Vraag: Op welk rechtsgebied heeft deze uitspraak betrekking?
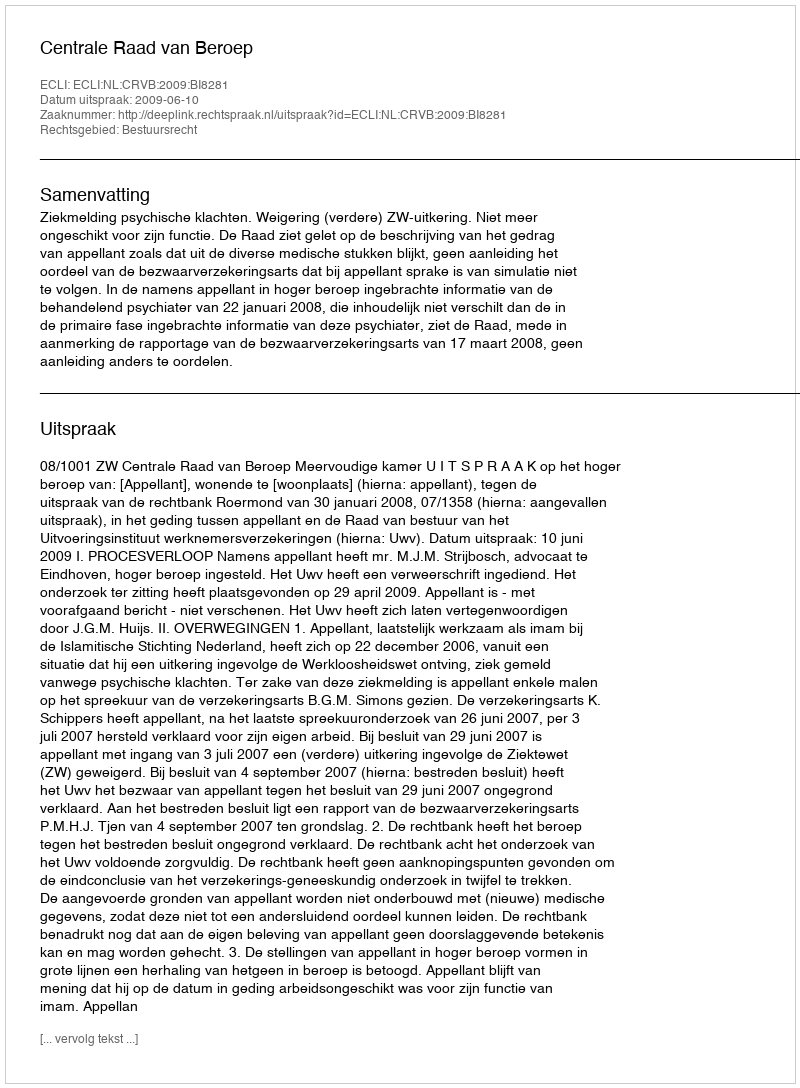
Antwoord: Bestuursrecht